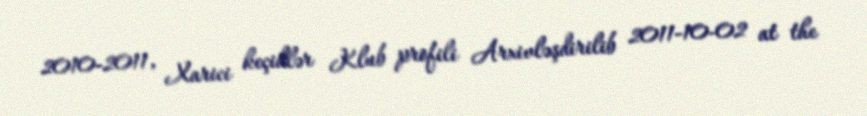
2010-2011, Xarici keçidlər Klub profili Arxivləşdirilib 2011-10-02 at the